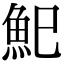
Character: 𩵗